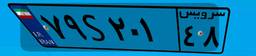
۷۹S۲۰۱۴۸